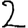
Digit: 2